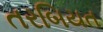
તરબિયત